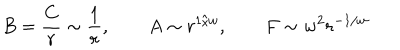
B = \frac { C } { r } \sim \frac { 1 } { r } , \qquad A \sim r ^ { 1 / w } , \qquad F \sim w ^ { 2 } r ^ { - 1 / w } \,